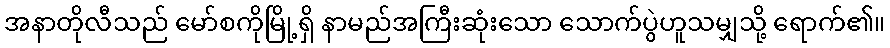
အနာတိုလီသည် မော်စကိုမြို့ရှိ နာမည်အကြီးဆုံးသော သောက်ပွဲဟူသမျှသို့ ရောက်၏။